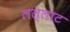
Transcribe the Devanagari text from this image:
लल्लाट